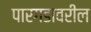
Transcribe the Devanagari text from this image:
पारगडावरील